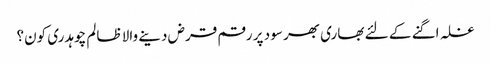
غلہ اگنے کے لئے بھاری بھر سود پر رقم قرض دینے والا ظالم چوہدری کون؟